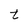
Character: t